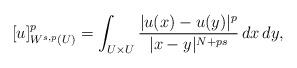
LaTeX: \begin{align*}[u]_{W^{s,p}(U)}^p=\int_{U\times U}\frac{|u(x)-u(y)|^p}{|x-y|^{N+ps}}\,dx\,dy,\end{align*}